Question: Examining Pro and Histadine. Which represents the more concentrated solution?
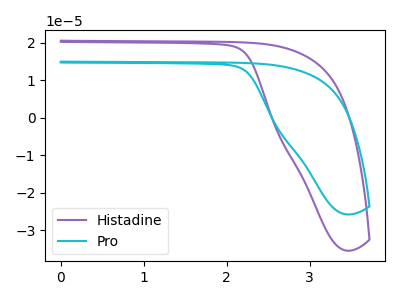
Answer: <think>The purple curve "Histadine" has no peaks. The cyan curve "Pro" has no peaks.
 Neither "Pro" or "Histadine" have any peaks.</think>
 <answer>I cant tell if "Pro" or "Histadine" has higher concentration.</answer>
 <eval>mixed_concentration</eval>